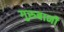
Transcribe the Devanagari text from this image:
गुरुबानी